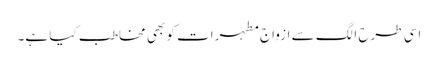
اسی طرح الگ سے ازواج مطہرات کو بھی مخاطب کیا ہے۔